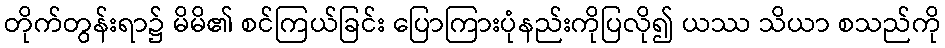
တိုက်တွန်းရာ၌ မိမိ၏ စင်ကြယ်ခြင်း ပြောကြားပုံနည်းကိုပြလို၍ ယဿ သိယာ စသည်ကို